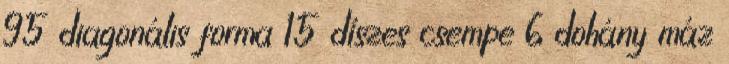
95 diagonális forma 15 díszes csempe 6 dohány máz